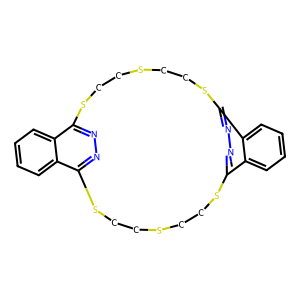
SMILES: c1ccc2c3nnc(c2c1)SCCSCCSc1nnc(c2ccccc12)SCCSCCS3
Inhibits HIV replication: No